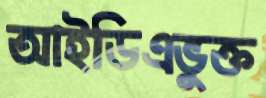
আইডিএভুক্ত